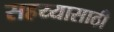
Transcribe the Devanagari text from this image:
सहय्यासाठी